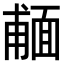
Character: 𩈨